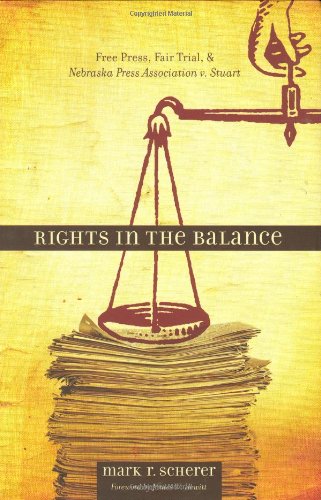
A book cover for Rights in the Balance: Free Press, Fair Trial, and Nebraska Press Association v. Stuart (Plains Histories); Mark R. Scherer; Law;